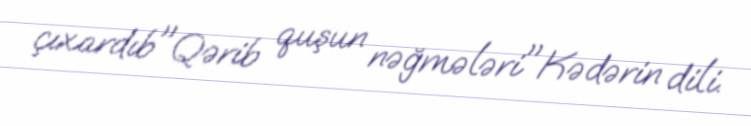
çıxardıb"Qərib quşun nəğmələri"Kədərin dili.